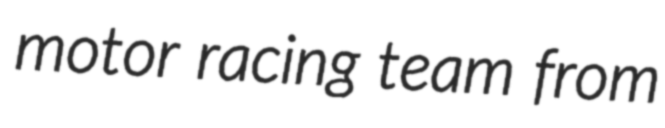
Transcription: motor racing team from